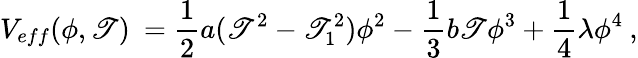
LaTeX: V_{eff}(\phi,\mathscr{T})\: =\frac{{1}}{{2}}a(\mathscr{T}^{2}-\mathscr{T}_{1}^{2})\phi^{2}-\frac{{1}}{{3}}b\mathscr{T}\phi^{3}+\frac{{1}}{{4}}\lambda\phi^{4}\: ,